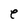
Character: e